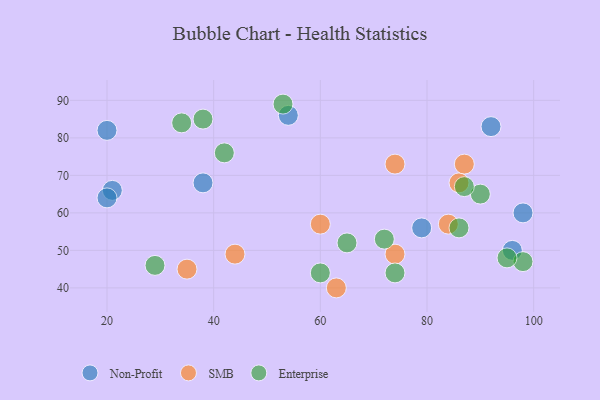
{"axis": {"x": "GDP", "y": "Life Expectancy"}, "legend": ["Enterprise", "Non-Profit", "SMB"], "data": [{"x": "38", "y": 68, "type": "Non-Profit"}, {"x": "96", "y": 50, "type": "Non-Profit"}, {"x": "54", "y": 86, "type": "Non-Profit"}, {"x": "20", "y": 82, "type": "Non-Profit"}, {"x": "21", "y": 66, "type": "Non-Profit"}, {"x": "20", "y": 64, "type": "Non-Profit"}, {"x": "98", "y": 60, "type": "Non-Profit"}, {"x": "92", "y": 83, "type": "Non-Profit"}, {"x": "79", "y": 56, "type": "Non-Profit"}, {"x": "60", "y": 57, "type": "SMB"}, {"x": "74", "y": 49, "type": "SMB"}, {"x": "86", "y": 68, "type": "SMB"}, {"x": "87", "y": 73, "type": "SMB"}, {"x": "74", "y": 73, "type": "SMB"}, {"x": "35", "y": 45, "type": "SMB"}, {"x": "63", "y": 40, "type": "SMB"}, {"x": "44", "y": 49, "type": "SMB"}, {"x": "84", "y": 57, "type": "SMB"}, {"x": "74", "y": 44, "type": "Enterprise"}, {"x": "53", "y": 89, "type": "Enterprise"}, {"x": "42", "y": 76, "type": "Enterprise"}, {"x": "29", "y": 46, "type": "Enterprise"}, {"x": "90", "y": 65, "type": "Enterprise"}, {"x": "65", "y": 52, "type": "Enterprise"}, {"x": "38", "y": 85, "type": "Enterprise"}, {"x": "34", "y": 84, "type": "Enterprise"}, {"x": "86", "y": 56, "type": "Enterprise"}, {"x": "72", "y": 53, "type": "Enterprise"}, {"x": "98", "y": 47, "type": "Enterprise"}, {"x": "60", "y": 44, "type": "Enterprise"}, {"x": "87", "y": 67, "type": "Enterprise"}, {"x": "95", "y": 48, "type": "Enterprise"}]}